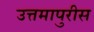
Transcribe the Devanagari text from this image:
उत्तमापुरीस